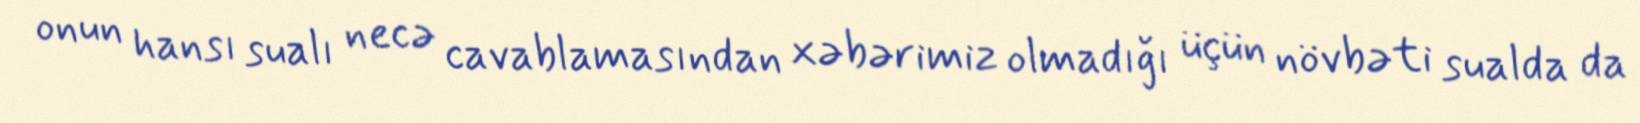
onun hansı sualı necə cavablamasından xəbərimiz olmadığı üçün növbəti sualda da